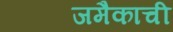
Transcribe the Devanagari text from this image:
जमैकाची